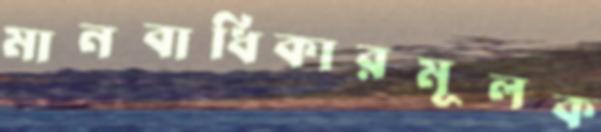
মানবাধিকারমূলক